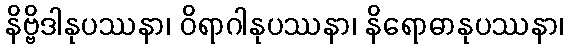
နိဗ္ဗိဒါနုပဿနာ၊ ဝိရာဂါနုပဿနာ၊ နိရောဓာနုပဿနာ၊